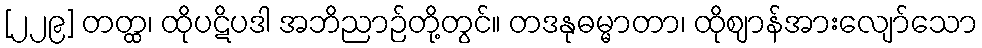
[၂၂၉] တတ္ထ၊ ထိုပဋိပဒါ အဘိညာဉ်တို့တွင်။ တဒနုဓမ္မာတာ၊ ထိုဈာန်အားလျော်သော